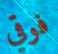
فوقي